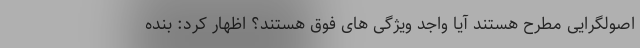
اصولگرایی مطرح هستند آیا واجد ویژگی های فوق هستند؟ اظهار کرد: بنده